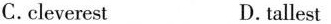
C.cleverest D.tallest